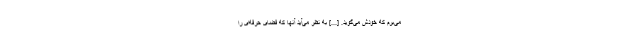
می‌برم که خودش می‌گوید. [...] به نظر می‌آید آنها که فضای حرفه‌ای را